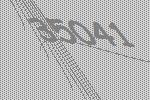
35041